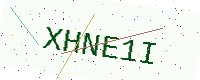
Text: XHNE1I